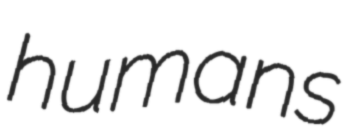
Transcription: humans